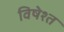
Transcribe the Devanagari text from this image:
विषेश्त